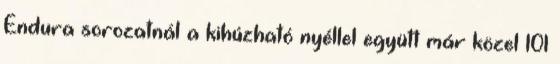
Endura sorozatnál a kihúzható nyéllel együtt már közel 101